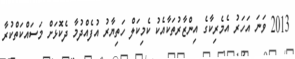
2013 ވަނަ އަހަރު އެމެރިކާގެ އިންޒާރުތަކާއެކު ކެމިކަލް ހަތިޔާރު އުފެއްދުމާ ދެކޮޅަށް މަސައްކަތްކުރާ